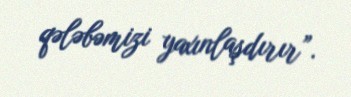
qələbəmizi yaxınlaşdırır”.